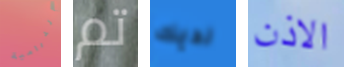
الدرامية تم لديك الاذن